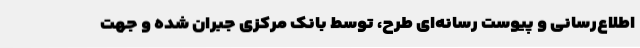
اطلاع‌رسانی و پیوست رسانه‌ای طرح، توسط بانک مرکزی جبران شده و جهت